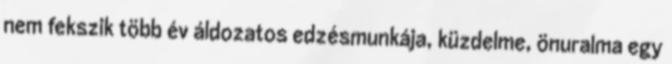
nem fekszik több év áldozatos edzésmunkája, küzdelme, önuralma egy